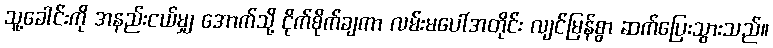
သူ့ခေါင်းကို အနည်းငယ်မျှ အောက်သို့ ငိုက်စိုက်ချကာ လမ်းမပေါ်အတိုင်း လျင်မြန်စွာ ဆက်ပြေးသွားသည်။